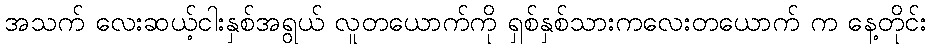
အသက် လေးဆယ့်ငါးနှစ်အရွယ် လူတယောက်ကို ရှစ်နှစ်သားကလေးတယောက် က နေ့တိုင်း